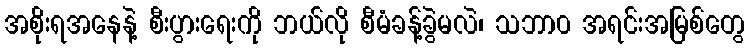
အစိုးရအနေနဲ့ စီးပွားရေးကို ဘယ်လို စီမံခန့်ခွဲမလဲ၊ သဘာ၀ အရင်းအမြစ်တွေ